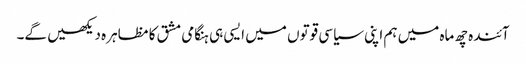
آئندہ چھ ماہ میں ہم اپنی سیاسی قوتوں میں ایسی ہی ہنگامی مشق کا مظاہرہ دیکھیں گے۔